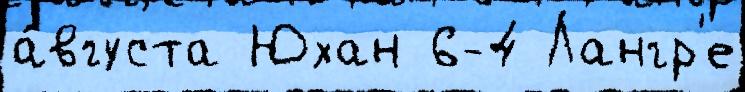
а́вгуста Юхан 6-4 Лангр'е